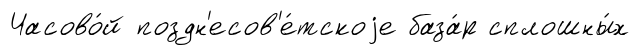
Часово́й поздн'есов'е́тскоjе база́р сплошны́х